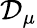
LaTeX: {\mathcal{D}}_{\mu}